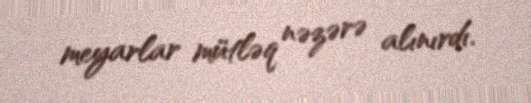
meyarlar mütləq nəzərə alınırdı.